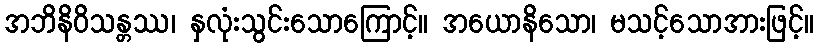
အဘိနိဝိသန္တဿ၊ နှလုံးသွင်းသောကြောင့်။ အယောနိသော၊ မသင့်သောအားဖြင့်။